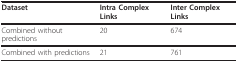
<table><thead><tr><td><b>Dataset</b></td><td><b>Intra Complex Links</b></td><td><b>Inter Complex Links</b></td></tr></thead><tbody><tr><td>Combined without predictions</td><td>20</td><td>674</td></tr><tr><td>Combined with predictions</td><td>21</td><td>761</td></tr></tbody></table>